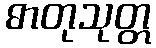
ဓာတုသုတ္တ